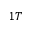
1 T